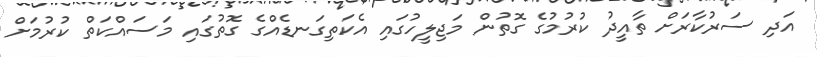
އަދި ސަރުކާރަށް ތާއީދު ކުރުމުގެ ގޮތުން މަޖިލީހުގައި އެކަތިގަނޑެއްގެ ގޮތުގައި މަސައްކަތް ކުރުމަށް